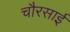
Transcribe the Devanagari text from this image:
चौरसाई